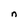
Character: n